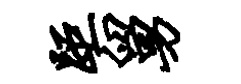
距舅